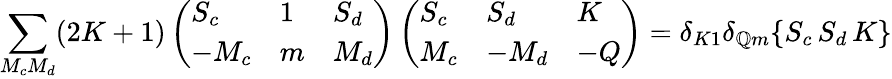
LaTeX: \sum_{M_{c}M_{d}}(2K+1)\left(\begin{array}{lll}{S_{c}}&{1}&{S_{d}}\\ {-M_{c}}&{m}&{M_{d}}\end{array}\right)\left(\begin{array}{lll}{S_{c}}&{S_{d}}&{K}\\ {M_{c}}&{-M_{d}}&{-Q}\end{array}\right)=\delta_{K1}\delta_{\mathbb{Q}m}\{ S_{c}\, S_{d}\, K\}